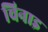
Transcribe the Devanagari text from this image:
चिनाइ